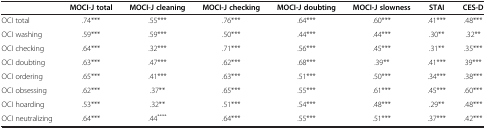
|  | MOCI-J total | MOCI-J cleaning | MOCI-J checking | MOCI-J doubting | MOCI-J slowness | STAI | CES-D |
 | --- | --- | --- | --- | --- | --- | --- | --- |
 | OCI total | .74*** | .55*** | .76*** | .64*** | .60*** | .41*** | .48*** |
 | OCI washing | .59*** | .59*** | .50*** | .44*** | .44*** | .30** | .32** |
 | OCI checking | .64*** | .32*** | .71*** | .56*** | .45*** | .31** | .35*** |
 | OCI doubting | .63*** | .47*** | .62*** | .68*** | .39** | .41*** | 39*** |
 | OCI ordering | .65*** | .41*** | .63*** | .51*** | .50*** | .34*** | .38*** |
 | OCI obsessing | .62*** | .37** | .65*** | .55*** | .61*** | .45*** | .60*** |
 | OCI hoarding | .53*** | .32** | .51*** | .54*** | .48*** | .29** | .48*** |
 | OCI neutralizing | .64*** | .44**** | .64*** | .55*** | .51*** | .37*** | .42*** |